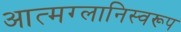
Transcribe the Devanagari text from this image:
आत्मग्लानिस्वरूप